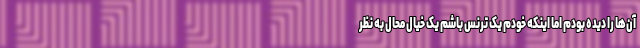
آن‌ها را دیده بودم اما اینکه خودم یک ترنس باشم یک خیال محال به نظر